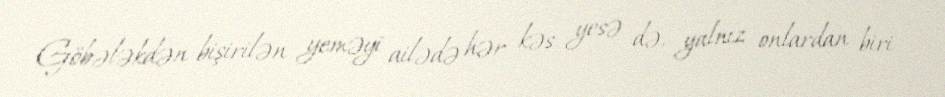
Göbələkdən bişirilən yeməyi ailədə hər kəs yesə də, yalnız onlardan biri -